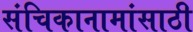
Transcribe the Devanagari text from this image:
संचिकानामांसाठी